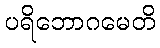
ပရိဘောဂမေတိ